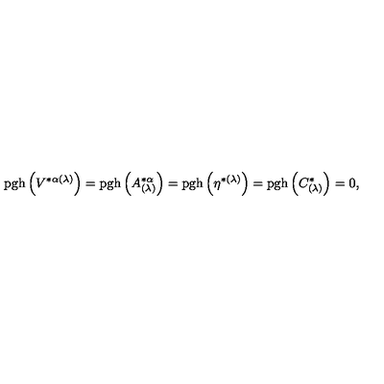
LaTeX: \mathrm { p g h } \left( V ^ { * \alpha ( \lambda ) } \right) = \mathrm { p g h } \left( A _ { ( \lambda ) } ^ { * \alpha } \right) = \mathrm { p g h } \left( \eta ^ { * ( \lambda ) } \right) = \mathrm { p g h } \left( C _ { ( \lambda ) } ^ { * } \right) = 0 ,